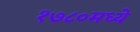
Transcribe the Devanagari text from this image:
१७८०मध्ये